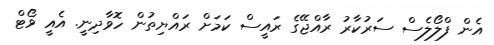
އެން ފްލޯލެސް ސަރުކާރު ރާއްޖޭގެ ރައީސް ކަމަށް ރައްޔިތުން ހޮވާދިނީ. އެއީ ވޯޓް